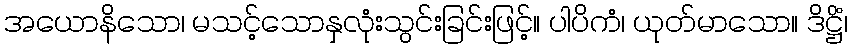
အယောနိသော၊ မသင့်သောနှလုံးသွင်းခြင်းဖြင့်။ ပါပိကံ၊ ယုတ်မာသော။ ဒိဋ္ဌိံ၊